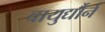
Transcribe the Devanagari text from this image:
वायुर्द्यौर्न